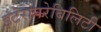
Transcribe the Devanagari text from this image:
इंटेरोपरेबिलिटी